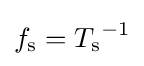
f_{\mathrm {s} }={T_{\mathrm {s} }}^{-1}